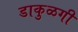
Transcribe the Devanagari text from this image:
डाकुळगी